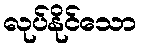
လုပ်နိုင်သော